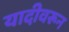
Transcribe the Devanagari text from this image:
यादीवरून